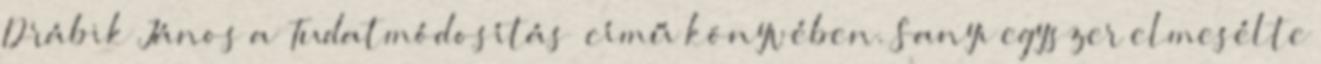
Drábik Já­nos a „Tudatmódosítás” című könyvében. Sanyi egyszer elmesélte